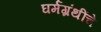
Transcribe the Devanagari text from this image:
घर्मग्रंथींचे